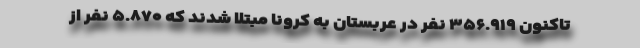
تاکنون ۳۵۶.۹۱۹ نفر در عربستان به کرونا مبتلا شدند که ۵.۸۷۰ نفر از